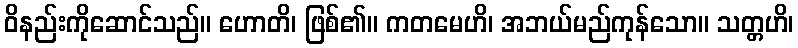
ဝိနည်းကိုဆောင်သည်။ ဟောတိ၊ ဖြစ်၏။ ကတမေဟိ၊ အဘယ်မည်ကုန်သော။ သတ္တဟိ၊